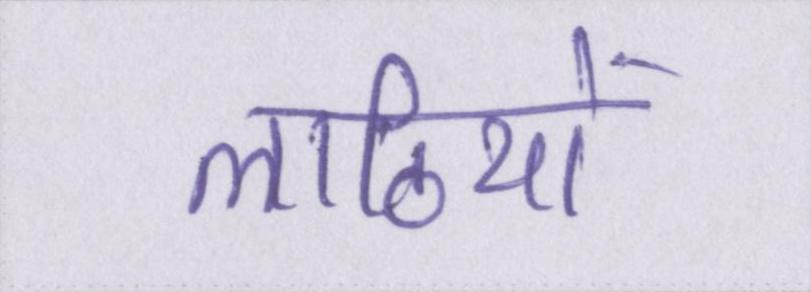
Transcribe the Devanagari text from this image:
लाठियों